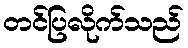
တင်ပြလိုက်သည်